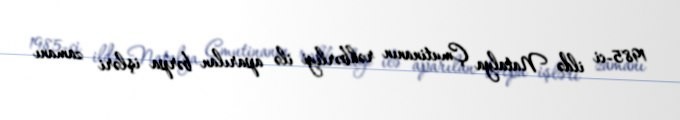
1985-ci ildə Natalya Çmutinanın rəhbərliyi ilə aparılan bərpa işləri zamanı